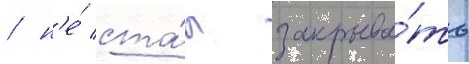
/ н'е́ ста́л закрыва́ть